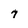
Character: 7